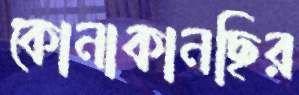
কোনাকানছির